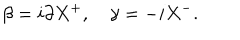
\beta = i \partial X ^ { + } , \quad \gamma = - i X ^ { - } .